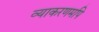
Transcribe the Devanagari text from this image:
व्याकरणमपि